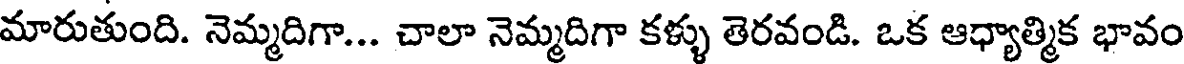
మారుతుంది. నెమ్మదిగా... చాలా నెమ్మదిగా కళ్ళు తెరవండి. ఒక ఆధ్యాత్మిక భావం